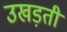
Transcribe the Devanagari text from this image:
उखड़ती